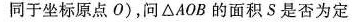
同于坐标原点O)，问△AOB的面积S是否为定